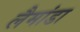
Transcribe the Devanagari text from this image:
लैमांडा